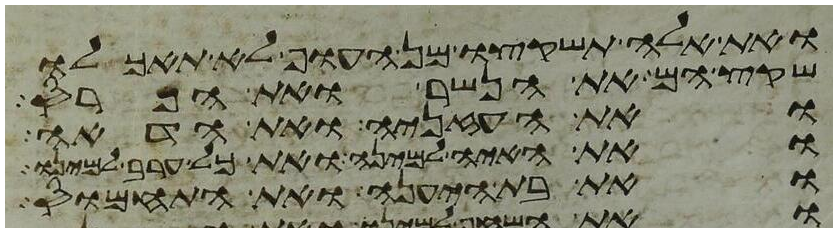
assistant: ואת אלה תשקצו מן העוף לא תאכלו
שקץ הם את הנשר ואת הפרס
ואת העזניה ואת הדאה
ואת האיה למינה ואת כל ערב למינו
ואת בת היענה ואת התחמוס